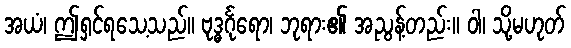
အယံ၊ ဤရှင်ရသေ့သည်။ ဗုဒ္ဓင်္ဂုရော၊ ဘုရား၏ အညွန့်တည်း။ ဝါ၊ သို့မဟုတ်